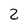
Character: 2